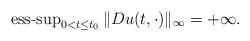
LaTeX: \begin{align*} \operatorname{ess-sup}_{0<t \le t_0} \| Du(t,\cdot) \|_{\infty} =+\infty.\end{align*}